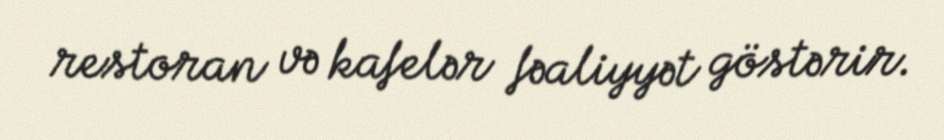
restoran və kafelər fəaliyyət göstərir.